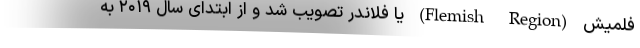
فلمیش (Flemish Region) یا فلاندر تصویب شد و از ابتدای سال ۲۰۱۹ به